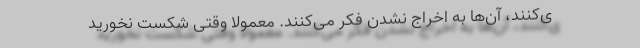
ی‌کنند، آن‌ها به اخراج نشدن فکر می‌کنند. معمولاً وقتی شکست نخورید